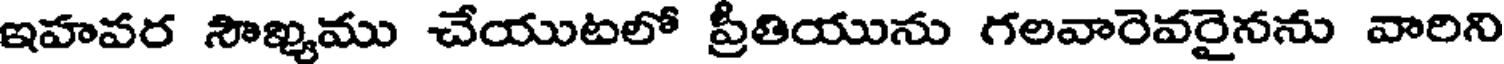
ఇహవర సౌఖ్యము చేయుటలో ప్రీతియును గలవారెవరైనను వారిని